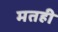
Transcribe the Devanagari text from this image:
मतही